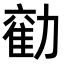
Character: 𭅃